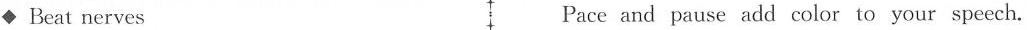
◆Beat nerves Pace and pause add color to your speech.